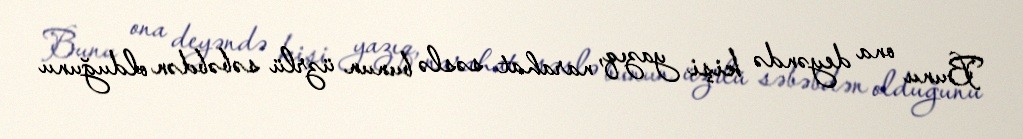
Bunu ona deyəndə kişi yazıq, narahat səslə bunun üzrlü səbəbdən olduğunu